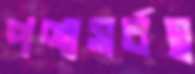
পণ্যসর্বস্ব